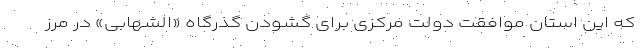
که این استان موافقت دولت مرکزی برای گشودن گذرگاه «الشهابی» در مرز